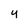
Character: y